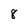
Character: 8